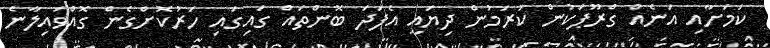
ކަމަށާއި އަނެއް ގްރޫޕަކުން ކުރަމުން ދިޔައީ އެފަދަ ބޮންތައް ގައިގައި ހަރުކޮށްގެން ގޮއްވައިލާނެ